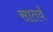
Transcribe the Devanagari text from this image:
सातवँ